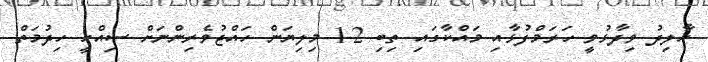
ހާލިދު ވިދާޅުވީ ހަރަމްފުޅާއި މައްކާގައި ތިބި 1.2 މިލިޔަން ހައްޖުވެރިންނަށް ސިއްހީ ހިދުމަތް